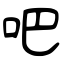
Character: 吧